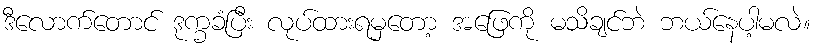
ဒီလောက်တောင် ဒုက္ခခံပြီး လုပ်ထားရမှတော့ အဖြေကို မသိချင်ဘဲ ဘယ်နေပါ့မလဲ။